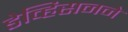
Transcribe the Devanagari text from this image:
डेव्हिसनने